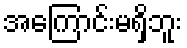
အကြောင်းမရှိဘူး